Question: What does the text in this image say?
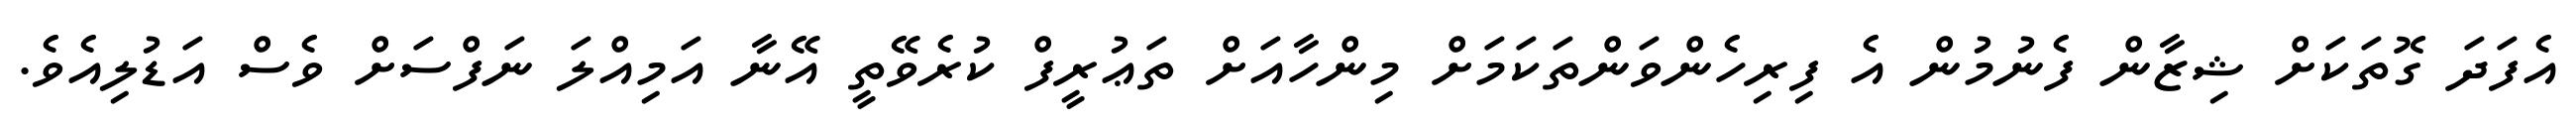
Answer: އެފަދަ ގޮތަކަށް ޝިޒާން ފެނުމުން އެ ފިރިހެންވަންތަކަމަށް މިންހާއަށް ތަޢުރީފް ކުރެވޭތީ އޭނާ އަމިއްލަ ނަފްސަށް ވެސް އަޑުލިއެވެ.